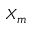
X _ { m }